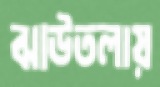
ঝাউতলায়